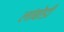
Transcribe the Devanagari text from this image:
लांबोडी